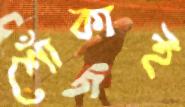
শোঁকাই